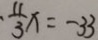
\cdot \frac { 1 1 } { 3 } x = - 3 3